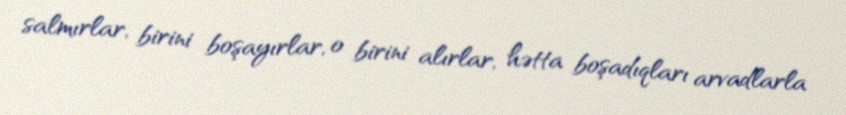
salmırlar, birini boşayırlar, o birini alırlar, hətta boşadıqları arvadlarla